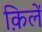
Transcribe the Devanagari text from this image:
क़िलें